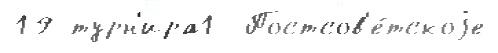
19 турн'ира1  Постсов'е́тскоjе